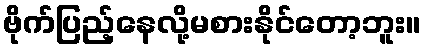
ဗိုက်ပြည့်နေလို့မစားနိုင်တော့ဘူး။